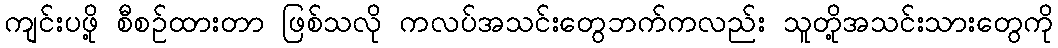
ကျင်းပဖို့ စီစဉ်ထားတာ ဖြစ်သလို ကလပ်အသင်းတွေဘက်ကလည်း သူတို့အသင်းသားတွေကို